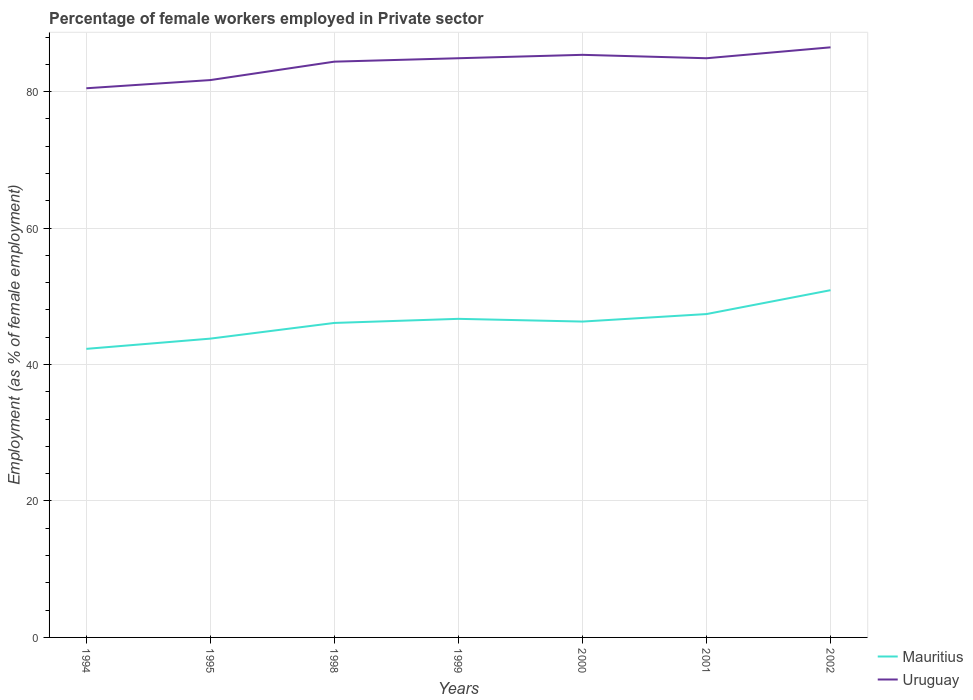
| Years | Mauritius | Uruguay |
 | --- | --- | --- |
 | 1994 | 42.3 | 80.5 |
 | 1995 | 43.8 | 81.7 |
 | 1998 | 46.1 | 84.4 |
 | 1999 | 46.7 | 84.9 |
 | 2000 | 46.3 | 85.4 |
 | 2001 | 47.4 | 84.9 |
 | 2002 | 50.9 | 86.5 |